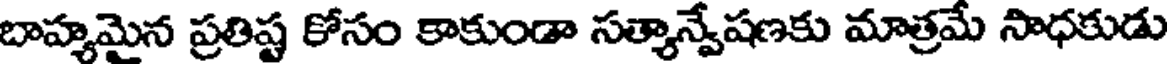
బాహ్యమైన ప్రతిష్ట కోసం కాకుండా సత్యాన్వేషణకు మాత్రమే సాధకుడు